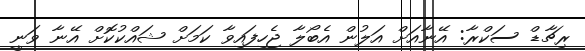
ރިޗާޑް ސަކްރާ: އޭނާއަށް އަލުން އެބޯލާ ޖެހިފައިވާ ކަމަށް ޝައްކުކޮށް އޭނާ ވަނީ